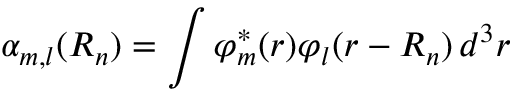
\alpha _ { m , l } ( { \boldsymbol { R _ { n } } } ) = \int \varphi _ { m } ^ { * } ( { \boldsymbol { r } } ) \varphi _ { l } ( { \boldsymbol { r - R _ { n } } } ) \, d ^ { 3 } r